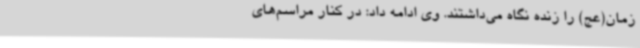
زمان(عج) را زنده نگاه می‌داشتند. وی ادامه داد: در کنار مراسم‌های